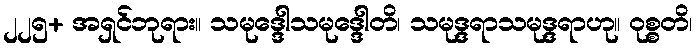
၂၂၅+ အရှင်ဘုရား။ သမုဒ္ဒေါသမုဒ္ဒေါတိ၊ သမုဒ္ဒရာသမုဒ္ဒရာဟု။ ဝုစ္စတိ၊